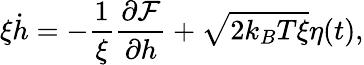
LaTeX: \xi\dot{h}=-\frac{1}{\xi}\frac{\partial{\cal F}}{\partial h}+\sqrt{2k_{B}T\xi}\eta(t),